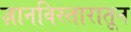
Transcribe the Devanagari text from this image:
ज्ञानविस्तारातून